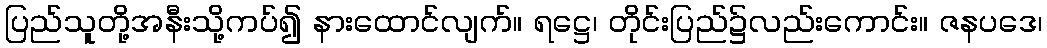
ပြည်သူတို့အနီးသို့ကပ်၍ နားထောင်လျက်။ ရဋ္ဌေ၊ တိုင်းပြည်၌လည်းကောင်း။ ဇနပဒေ၊